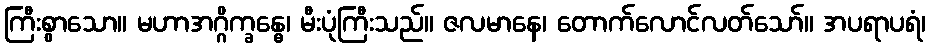
ကြီးစွာသော။ မဟာအဂ္ဂိက္ခန္ဓေ၊ မီးပုံကြီးသည်။ ဇလမာနေ၊ တောက်လောင်လတ်သော်။ အပရာပရံ၊